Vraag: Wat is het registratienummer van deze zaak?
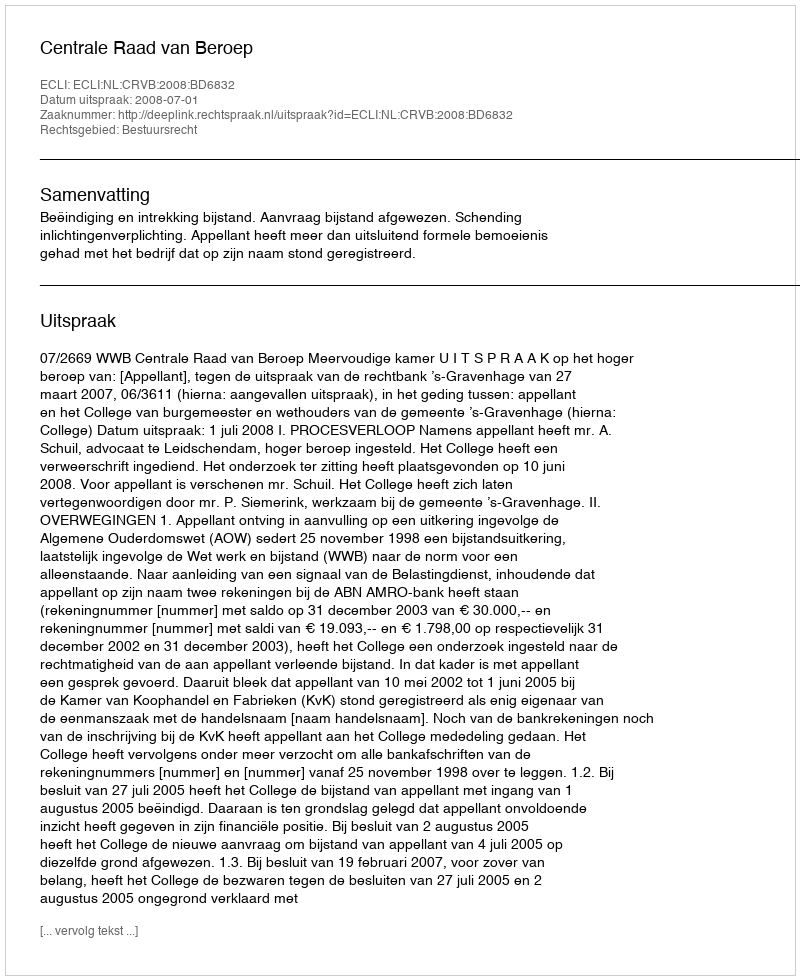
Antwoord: http://deeplink.rechtspraak.nl/uitspraak?id=ECLI:NL:CRVB:2008:BD6832